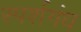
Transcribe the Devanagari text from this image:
स्पर्शगंध